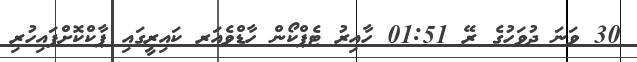
30 ވަނަ ދުވަހުގެ ރޭ 01:51 ހާއިރު ޓެޕްކޯން ހާޑްވެއަރ ކައިރީގައި ޕާކްކޮށްފައިހުރި